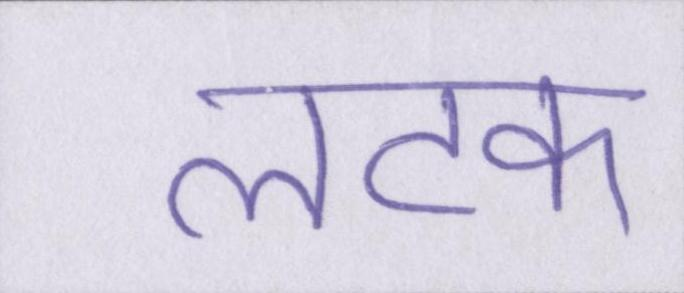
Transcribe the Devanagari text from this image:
लटक